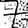
Digit: 7